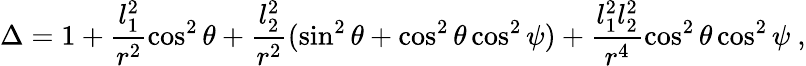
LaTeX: \Delta=1+\frac{l_{1}^{2}}{r^{2}}\cos^{2}\theta+\frac{l_{2}^{2}}{r^{2}}(\sin^{2}\theta+\cos^{2}\theta\cos^{2}\psi)+\frac{l_{1}^{2}l_{2}^{2}}{r^{4}}\cos^{2}\theta\cos^{2}\psi\ ,